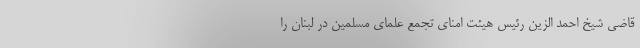
قاضی شیخ احمد الزین رئیس هیئت امنای تجمع علمای مسلمین در لبنان را